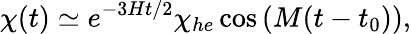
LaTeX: \chi(t)\simeq e^{-3Ht/2}\chi_{he}\cos\left(M(t-t_{0})\right),